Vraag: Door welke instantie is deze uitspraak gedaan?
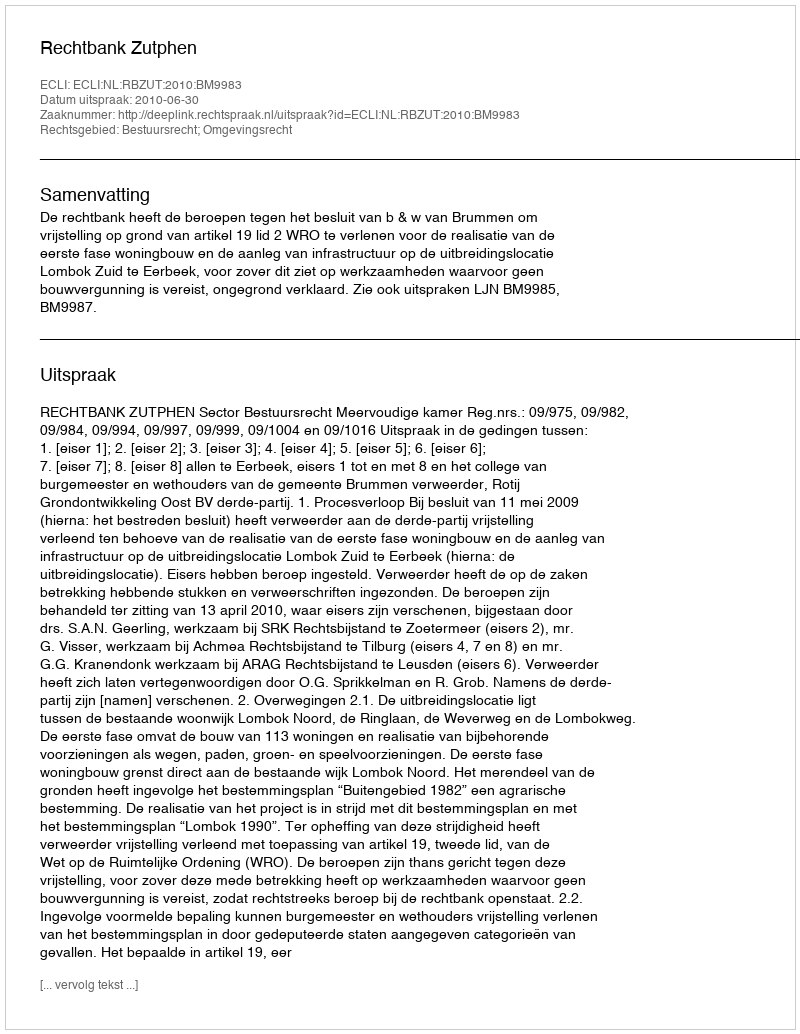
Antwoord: Rechtbank Zutphen